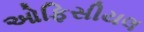
ઓફિસીયલ